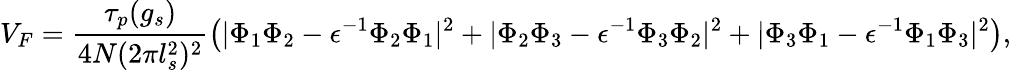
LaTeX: V_{F}=\frac{\tau_{p}(g_{s})}{4N(2\pi l_{s}^{2})^{2}}\left(|\Phi_{1}\Phi_{2}-\epsilon^{-1}\Phi_{2}\Phi_{1}|^{2}+|\Phi_{2}\Phi_{3}-\epsilon^{-1}\Phi_{3}\Phi_{2}|^{2}+|\Phi_{3}\Phi_{1}-\epsilon^{-1}\Phi_{1}\Phi_{3}|^{2}\right),